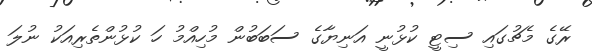
ރޭގެ މެޗުގައި ސިޓީ ކުޅުނީ އަނިޔާގެ ސަބަބުން މުހިއްމު ހަ ކުޅުންތެރިއަކު ނުލަ